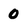
Character: 0